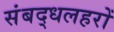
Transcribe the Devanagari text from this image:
संबद्धलहरों